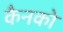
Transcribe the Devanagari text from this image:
कैनको